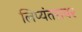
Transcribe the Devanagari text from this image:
लिप्यंतरावर